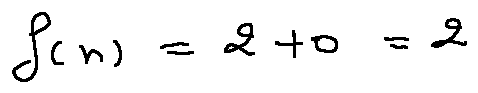
f ( n ) = 2 + 0 = 2